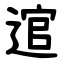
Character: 逭